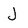
Character: J